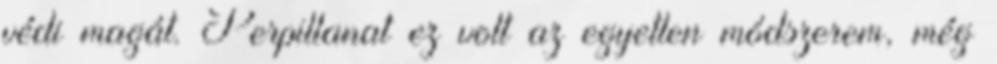
védi magát. Perpillanat ez volt az egyetlen módszerem, még